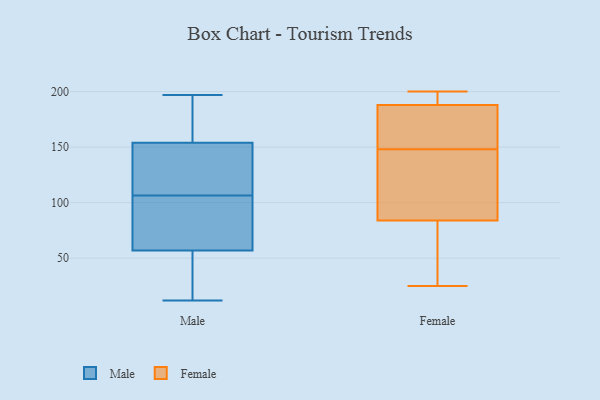
{"axis": {"x": "Bounce Rate (%)", "y": "Value"}, "legend": ["Female", "Male"], "data": [{"x": "", "y": 154, "type": "Male"}, {"x": "", "y": 134, "type": "Male"}, {"x": "", "y": 94, "type": "Male"}, {"x": "", "y": 60, "type": "Male"}, {"x": "", "y": 68, "type": "Male"}, {"x": "", "y": 115, "type": "Male"}, {"x": "", "y": 197, "type": "Male"}, {"x": "", "y": 16, "type": "Male"}, {"x": "", "y": 197, "type": "Male"}, {"x": "", "y": 20, "type": "Male"}, {"x": "", "y": 127, "type": "Male"}, {"x": "", "y": 36, "type": "Male"}, {"x": "", "y": 12, "type": "Male"}, {"x": "", "y": 98, "type": "Male"}, {"x": "", "y": 57, "type": "Male"}, {"x": "", "y": 164, "type": "Male"}, {"x": "", "y": 197, "type": "Male"}, {"x": "", "y": 121, "type": "Male"}, {"x": "", "y": 188, "type": "Female"}, {"x": "", "y": 160, "type": "Female"}, {"x": "", "y": 199, "type": "Female"}, {"x": "", "y": 157, "type": "Female"}, {"x": "", "y": 139, "type": "Female"}, {"x": "", "y": 84, "type": "Female"}, {"x": "", "y": 200, "type": "Female"}, {"x": "", "y": 25, "type": "Female"}, {"x": "", "y": 86, "type": "Female"}, {"x": "", "y": 32, "type": "Female"}]}